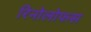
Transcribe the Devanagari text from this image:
रिनोलोफस